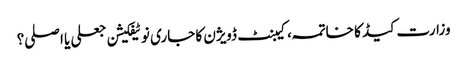
وزارت کیڈ کا خاتمہ، کیبنٹ ڈویژن کا جاری نوٹیفکیشن جعلی یا اصلی؟